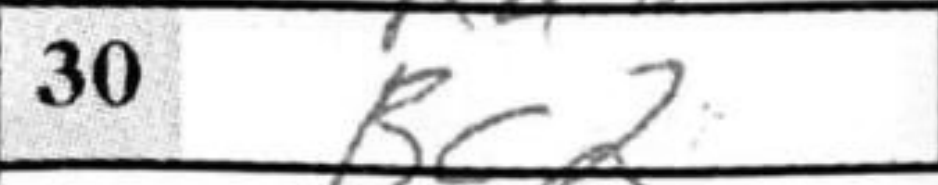
Transcription: Bc2